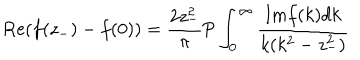
\mathrm { { R e } } ( f ( z _ { - } ) - f ( 0 ) ) = { \frac { 2 z _ { - } ^ { 2 } } { \pi } } { \mathrm { P } } \int _ { 0 } ^ { \infty } { \frac { \mathrm { { I m } } f ( k ) d k } { k ( k ^ { 2 } - z _ { - } ^ { 2 } ) } }